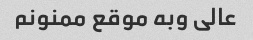
عالی وبه موقع ممنونم